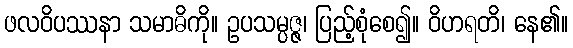
ဖလဝိပဿနာ သမာဓိကို။ ဥပသမ္ပဇ္ဇ၊ ပြည့်စုံစေ၍။ ဝိဟရတိ၊ နေ၏။